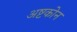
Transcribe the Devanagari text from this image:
अष्टकोन